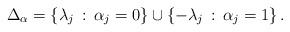
LaTeX: \begin{align*} \Delta_{\alpha} = \{ \lambda_j \, : \, \alpha_j = 0 \} \cup \{ - \lambda_j \, : \, \alpha_j =1 \} \, .\end{align*}